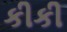
કીકી